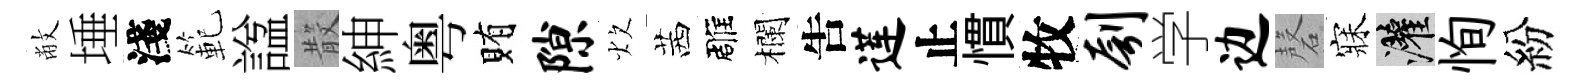
敝埵淺範諡𣪚紳粤賄隙炊茜雕欄吿莲止慣牧刳学边磬寐灌恂紛